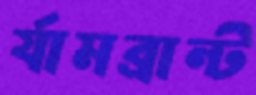
র‍্যামব্রান্ট